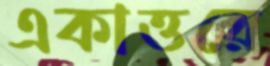
একাত্তরে